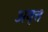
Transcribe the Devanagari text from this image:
अवृत्त